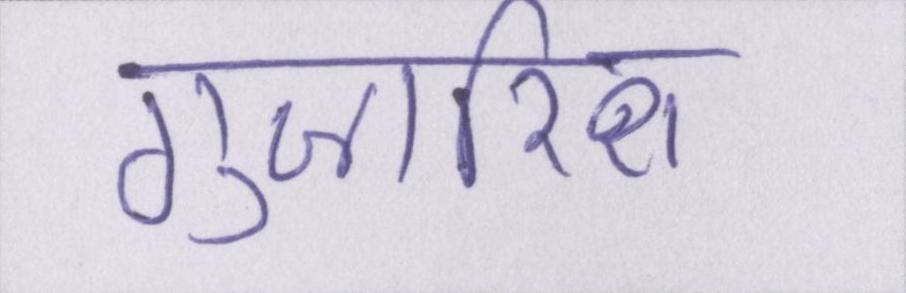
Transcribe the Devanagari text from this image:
गुजारिश